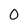
Character: 0